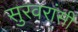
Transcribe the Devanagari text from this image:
सुरवरांसी